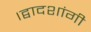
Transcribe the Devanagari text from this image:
।द्वादशांगी